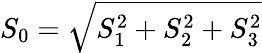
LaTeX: S_{0}=\sqrt{S_{1}^{2}+S_{2}^{2}+S_{3}^{2}}